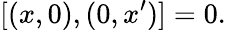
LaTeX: [(x,0),(0,x^{\prime})]=0.